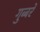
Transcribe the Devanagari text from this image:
गुब्बरे